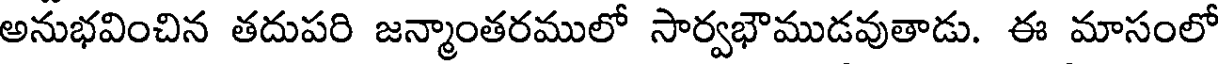
అనుభవించిన తదుపరి జన్మాంతరములో సార్వభౌముడవుతాడు. ఈ మాసంలో